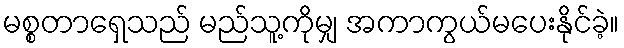
မစ္စတာရှေသည် မည်သူ့ကိုမျှ အကာကွယ်မပေးနိုင်ခဲ့။